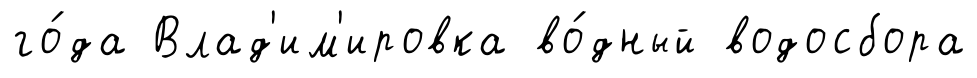
го́да Влад'им'ировка во́дный водосбора